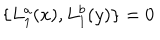
\{ L _ { 1 } ^ { a } ( x ) , L _ { 1 } ^ { b } ( y ) \} = 0